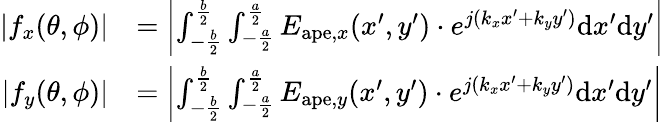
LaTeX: \begin{array}{rl}{|f_{x}(\theta,\phi)|}&{=\left|\int_{-\frac{b}{2}}^{\frac{b}{2}}\int_{-\frac{a}{2}}^{\frac{a}{2}}E_{\mathrm{ape},x}(x^{\prime},y^{\prime})\cdot e^{j(k_{x}x^{\prime}+k_{y}y^{\prime})}\mathrm{d}x^{\prime}\mathrm{d}y^{\prime}\right|}\\ {|f_{y}(\theta,\phi)|}&{=\left|\int_{-\frac{b}{2}}^{\frac{b}{2}}\int_{-\frac{a}{2}}^{\frac{a}{2}}E_{\mathrm{ape},y}(x^{\prime},y^{\prime})\cdot e^{j(k_{x}x^{\prime}+k_{y}y^{\prime})}\mathrm{d}x^{\prime}\mathrm{d}y^{\prime}\right|}\end{array}